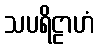
သပရိဠာဟံ